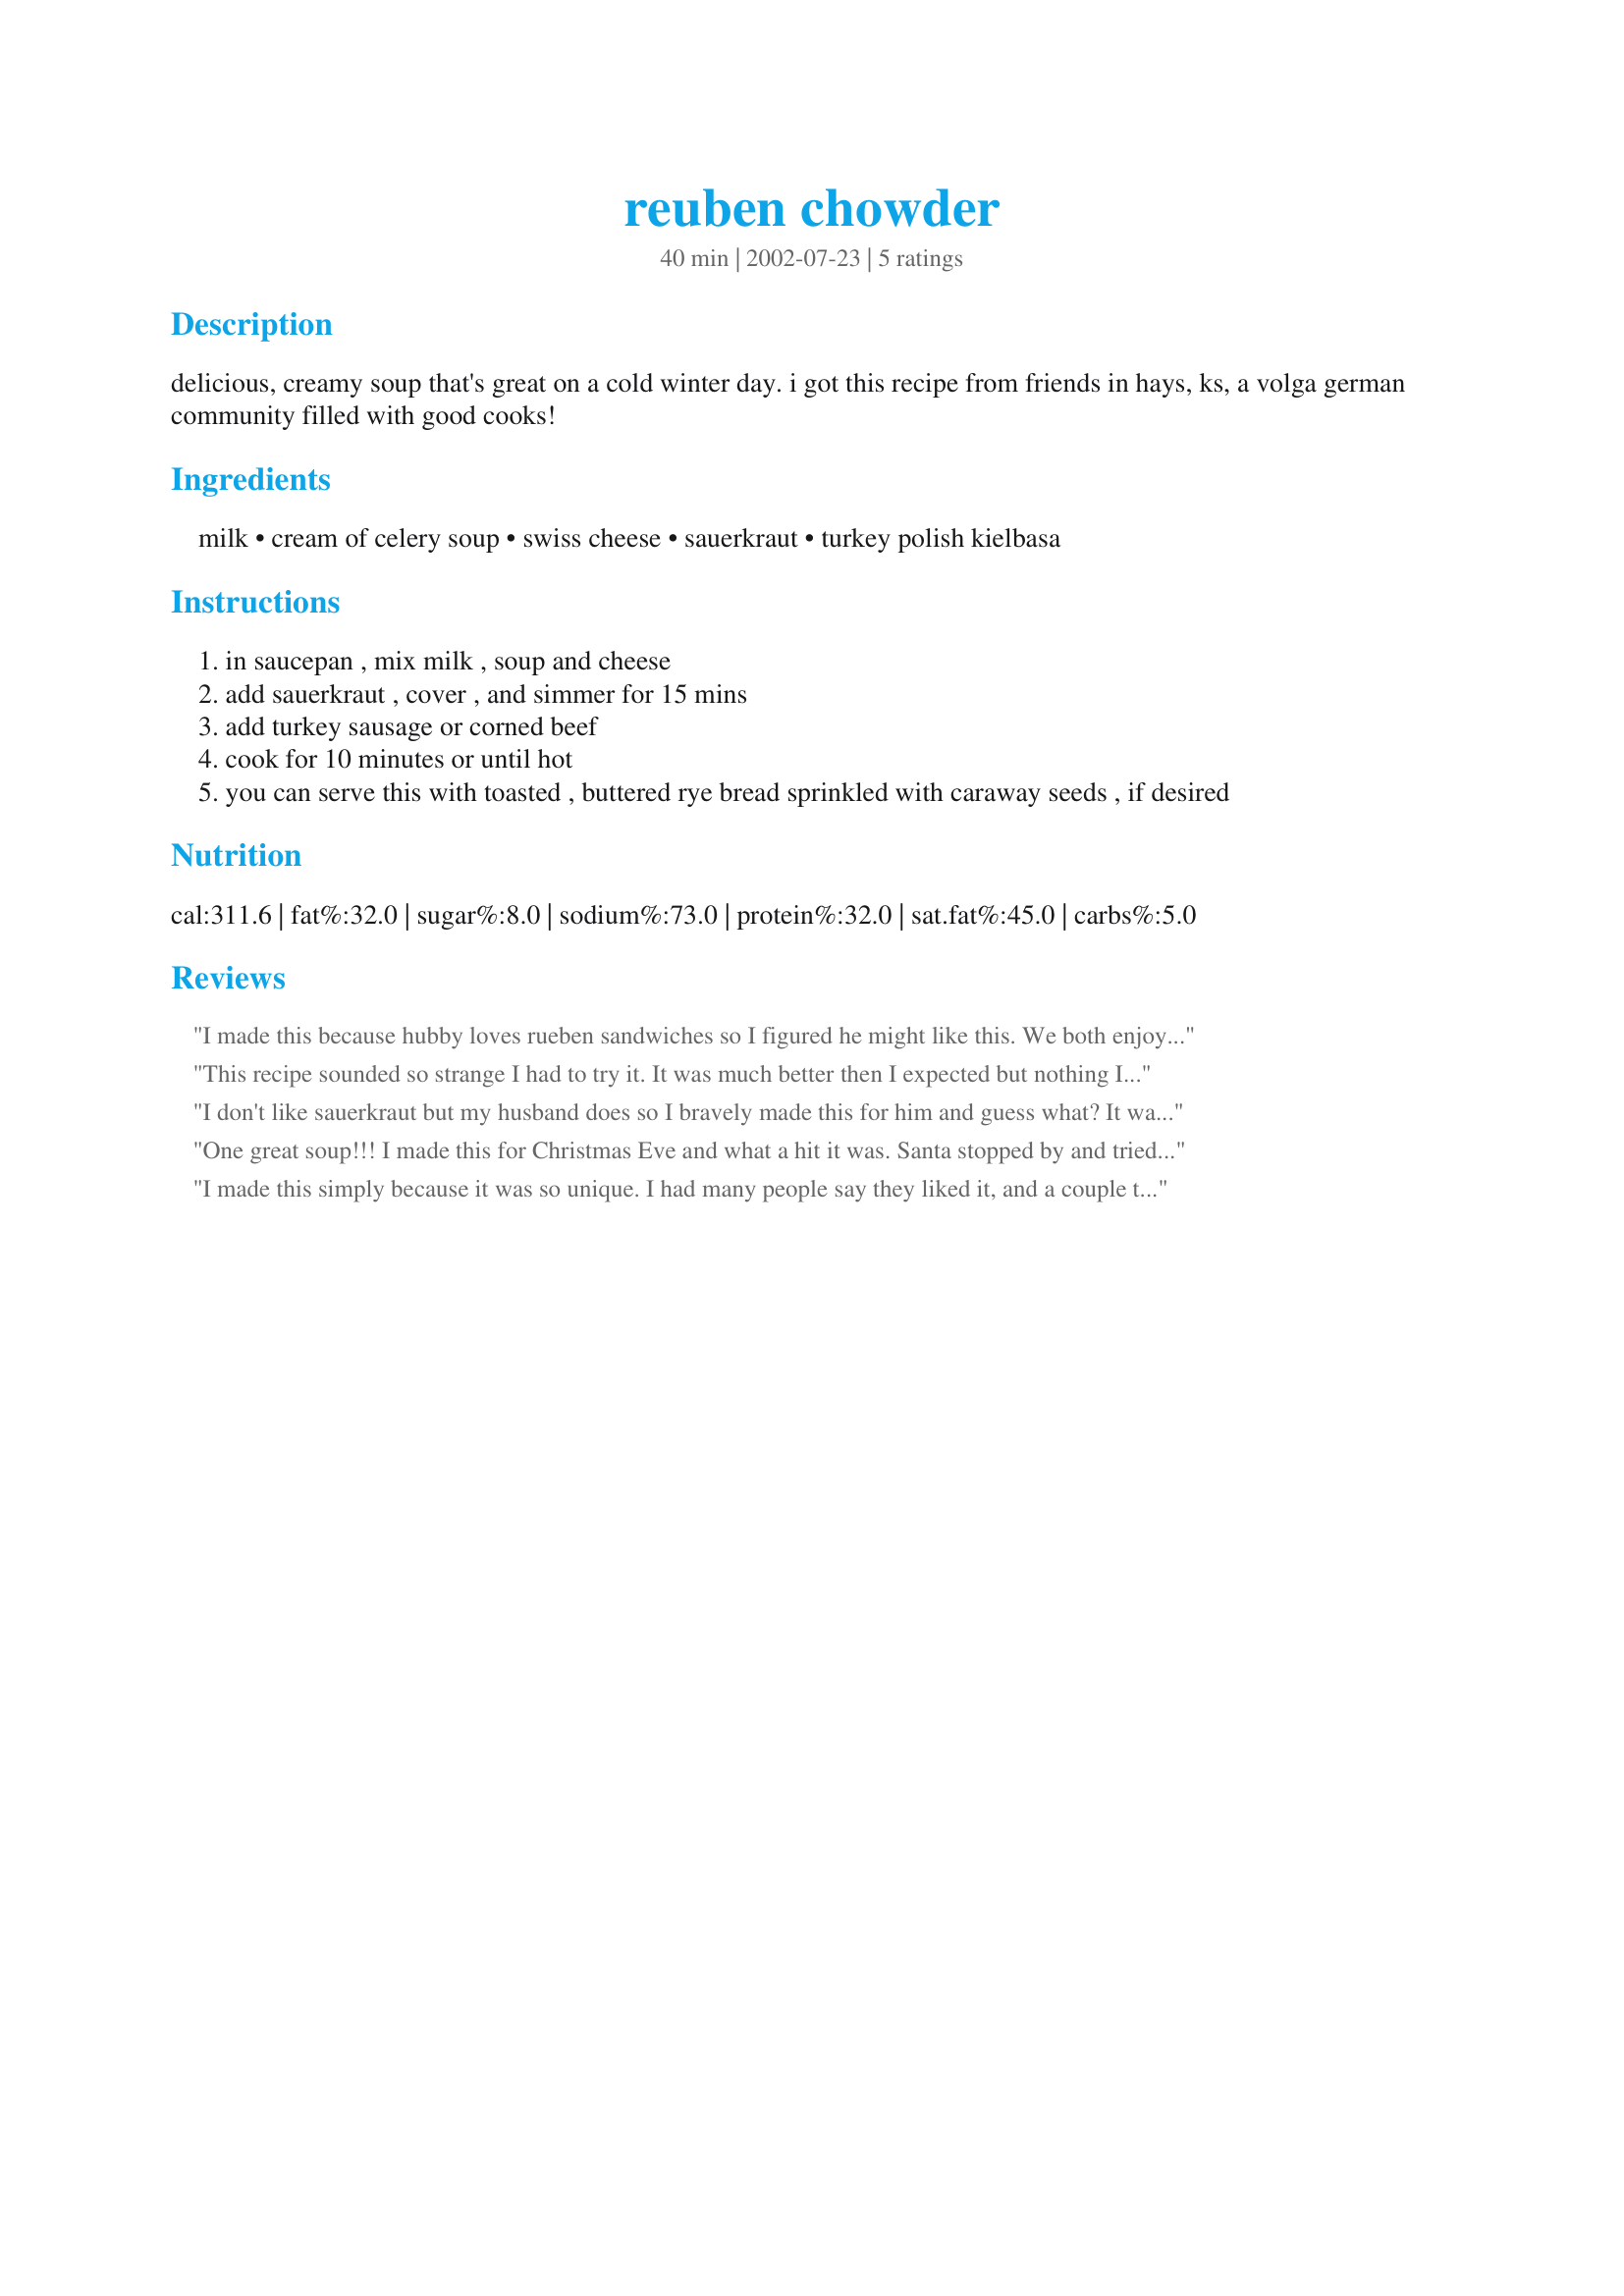
reuben chowder
Preparation time: 40 minutes

delicious, creamy soup that's great on a cold winter day. i got this recipe from friends in hays, ks, a volga german community filled with good cooks!

Ingredients:
milk, cream of celery soup, swiss cheese, sauerkraut, turkey polish kielbasa

Steps:
in saucepan , mix milk , soup and cheese
add sauerkraut , cover , and simmer for 15 mins
add turkey sausage or corned beef
cook for 10 minutes or until hot
you can serve this with toasted , buttered rye bread sprinkled with caraway seeds , if desired

Reviews:
I made this because hubby loves rueben sandwiches so I figured he might like this. We both enjoyed it and it was nice to try something different. I really didn't know what to expect, but I was pleasantly surprised with the results.
This recipe sounded so strange I had to try it. It was much better then I expected but nothing I'd care to make again. 

If I were to make it again I think I'd use less sauerkraut.
I don't like sauerkraut but my husband does so I bravely made this for him and guess what? It was delicious. We both loved it and I learned to eat something new.
One great soup!!! I made this for Christmas Eve and what a hit it was. Santa stopped by and tried some and almost went out of the roof raving about it! When I made this recipe I sauteed some onions in butter and made a sauce with a little flour to thicken, then I added a little chicken broth and substituted half & half for the milk. Wonderful!!! Thanks for the recipe!
I made this simply because it was so unique. I had many people say they liked it, and a couple that thought it was o.k., thus my rating. I didn't try it, so the rating is based on others comments. A very easy recipe to throw together. Thank you so much for sharing your recipe.
